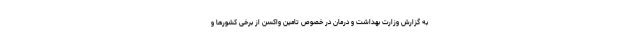
به گزارش وزارت بهداشت و درمان در خصوص تامین واکسن از برخی کشورها و